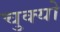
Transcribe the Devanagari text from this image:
चुक्यो